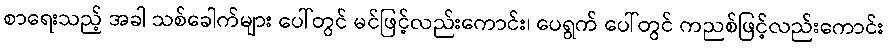
စာရေးသည့် အခါ သစ်ခေါက်များ ပေါ်တွင် မင်ဖြင့်လည်းကောင်း၊ ပေရွက် ပေါ်တွင် ကညစ်ဖြင့်လည်းကောင်း